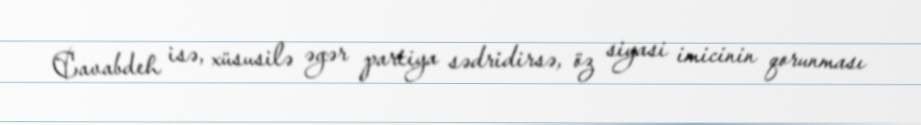
Cavabdeh isə, xüsusilə əgər partiya sədridirsə, öz siyasi imicinin qorunması